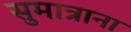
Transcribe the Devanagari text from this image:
सुमात्राना